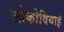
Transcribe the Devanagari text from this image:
सोकोवियाई